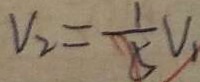
V _ { 2 } = \frac { 1 } { 5 } V _ { 1 }